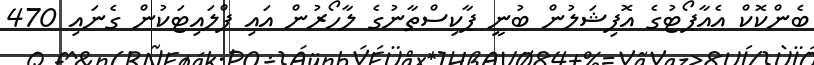
ބެންކޮކް އެއާޕޯޓުގެ އޮފިޝަލުން ބުނީ ޕާކިސްތާނުގެ ލާހޯރުން އައި ފްލައިޓަކުން ގެނައި 470